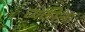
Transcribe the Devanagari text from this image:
व्यकीला